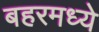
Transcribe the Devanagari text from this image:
बहरमध्ये